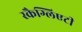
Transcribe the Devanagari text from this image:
स्कैग्लिएटी